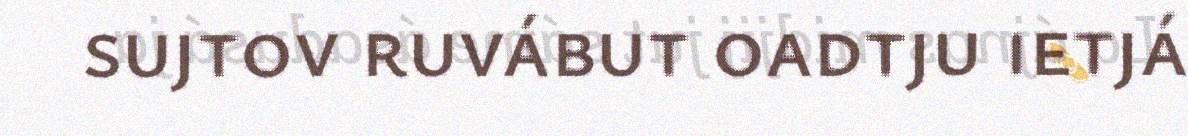
sujtov ruvábut oadtju ietjá